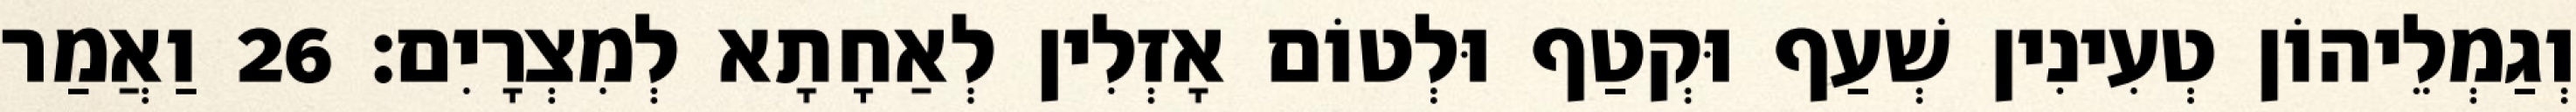
וְגַמְלֵיהוֹן טְעִינִין שְׁעַף וּקְטַף וּלְטוֹם אָזְלִין לְאַחָתָא לְמִצְרָיִם׃ 26 וַאֲמַר